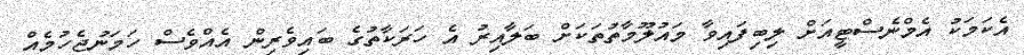
އެކަމަކު އެމްނެސްޓީއަށް ލިބިފައިވާ މައުލޫމާތުތަކަށް ބަލާއިރު އެ ހަރަކާތުގެ ބައިވެރިން އެއްވެސް ހަމަނުޖެހުމެއް